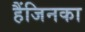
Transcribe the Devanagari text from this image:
हैंजिनका